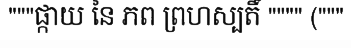
"""ផ្កាយ នៃ ភព ព្រហស្បតិ៍ """" ("""